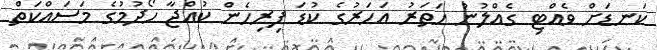
ކަނޑަށް ވެއްޓި ގެއްލުނު ހަތަރު އަހަރުގެ ކުޑަ ފިރިހެން ކުއްޖާ ހޯދުމުގެ މަސައްކަތް